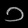
Digit: ၁